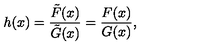
h ( x ) = { \frac { \tilde { F } ( x ) } { \tilde { G } ( x ) } } = { \frac { F ( x ) } { G ( x ) } } ,